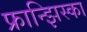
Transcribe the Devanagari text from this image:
फ्रान्झिस्का